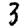
Digit: 3